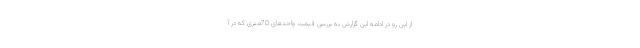
از این رو در ادامه این گزارش به بررسی قیمت واحدهای 70متری که در آ